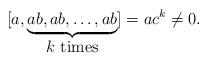
LaTeX: \begin{align*}[a, \underbrace{ab, ab, \dots , ab}_{\mbox{$k$ times} } ] = a c^k \ne 0.\end{align*}